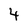
Character: 4